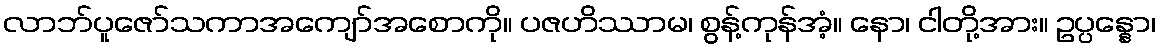
လာဘ်ပူဇော်သကာအကျော်အစောကို။ ပဇဟိဿာမ၊ စွန့်ကုန်အံ့။ နော၊ ငါတို့အား။ ဥပ္ပန္နော၊